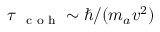
\tau { _ { \mathrm { ~ \scriptsize ~ c ~ o ~ h ~ } } } \sim \hbar / ( m _ { a } v ^ { 2 } )